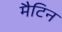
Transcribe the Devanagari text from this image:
मैटिन